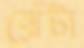
ঝেঁটা